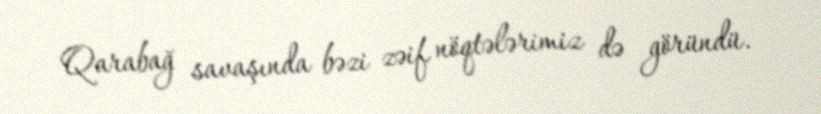
Qarabağ savaşında bəzi zəif nöqtələrimiz də göründü.